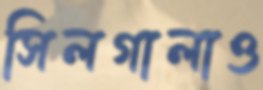
সিলগালাও